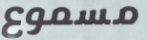
مسموع